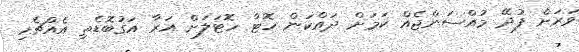
ވަރަށް ފުދޭ މުއްސަންޖެއް ކަމަށް ދައްކަން ހޮޓާ ހޮޓަލަށް އަރާ އަގުބޮޑެތި އެއްޗެހި